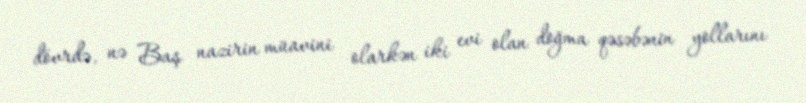
dövrdə, nə Baş nazirin müavini olarkən iki evi olan doğma qəsəbənin yollarını